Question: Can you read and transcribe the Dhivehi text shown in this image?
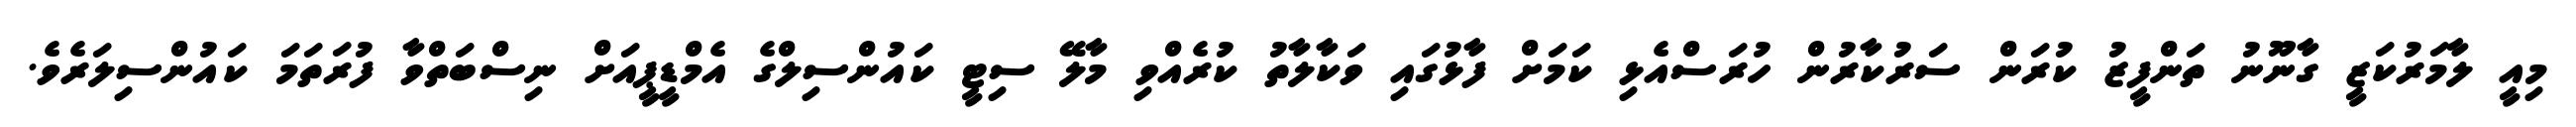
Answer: މިއީ ލާމަރުކަޒީ ގާނޫނު ތަންފީޒު ކުރަން ސަރުކާރުން ހުރަސްއެޅި ކަމަށް ފާޅުގައި ވަކާލާތު ކުރެއްވި މާލޭ ސިޓީ ކައުންސިލްގެ އެމްޑީޕީއަށް ނިސްބަތްވާ ފުރަތަމަ ކައުންސިލަރެވެ.